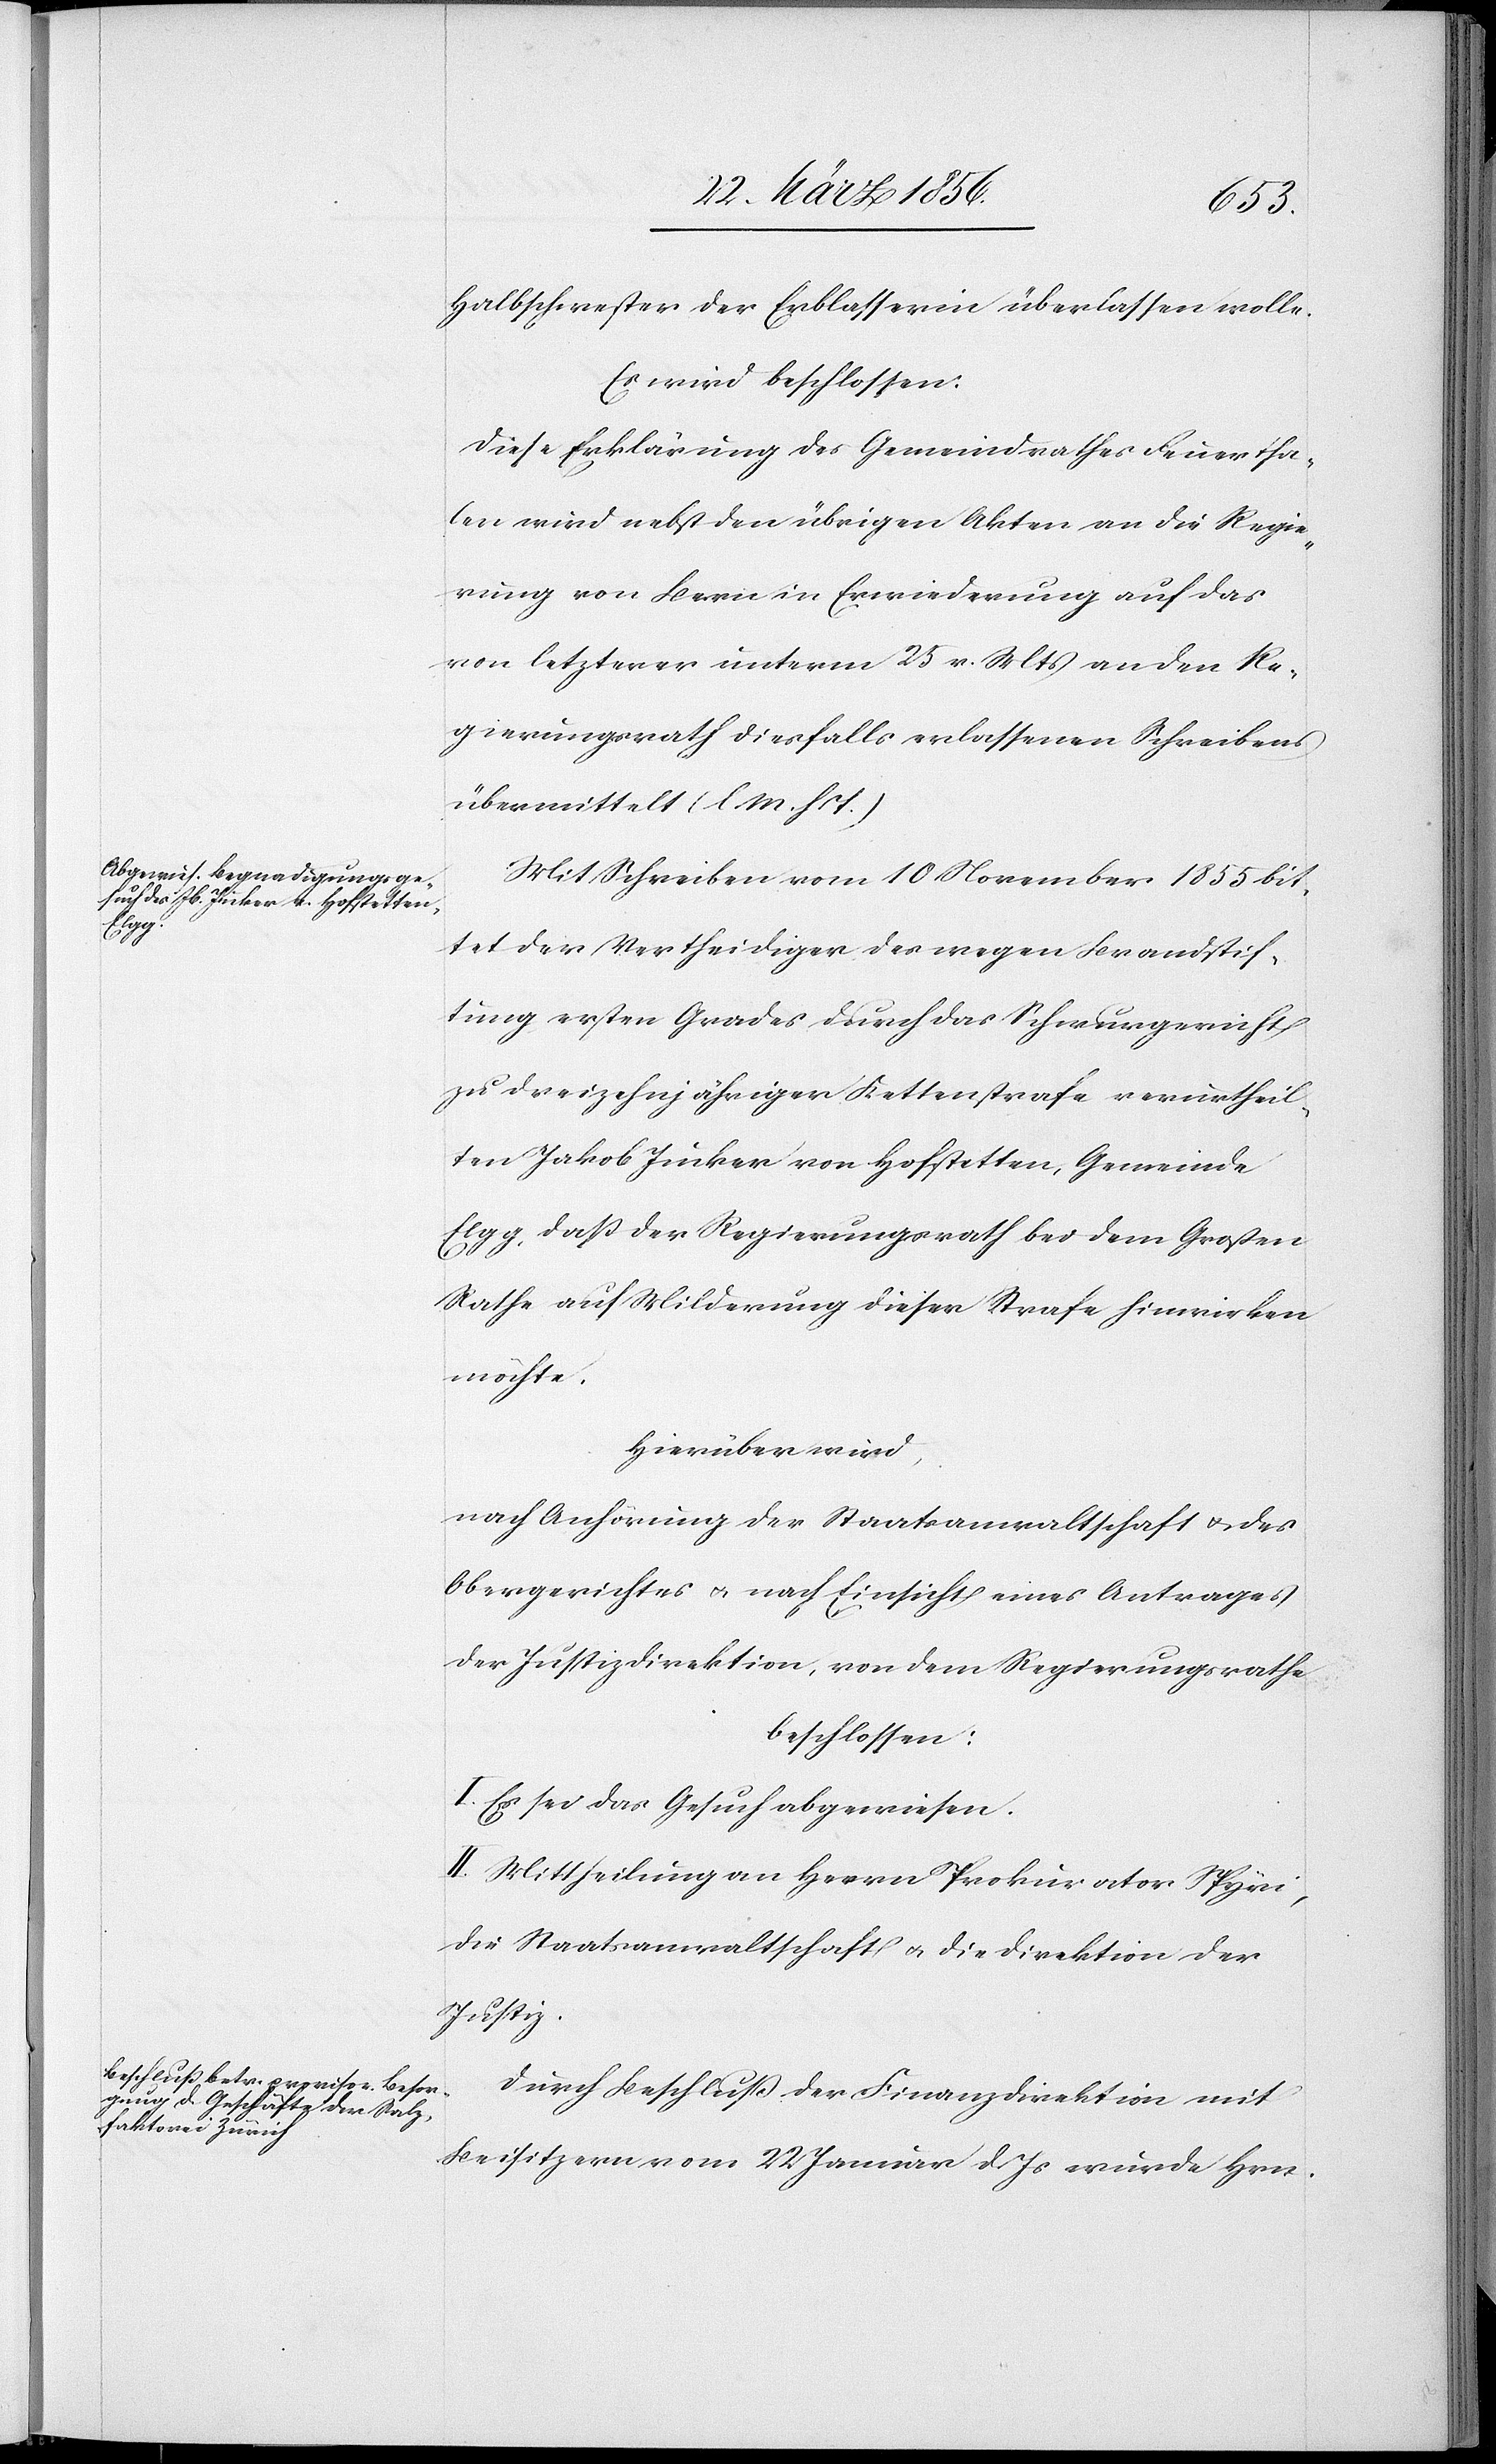
Halbschwester der Erblasserin überlassen wolle.
Es wird beschlossen:
Diese Erklärung des Gemeindrathes Feuertha¬
len wird nebst den übrigen Akten an die Regie¬
rung von Bern in Erwiederung auf das
von letzterer unterm 25 v. Mts an den Re¬
gierungsrath diesfalls erlassenen Schreibens
übermittelt (l M. h. T.)
Mit Schreiben vom 10 November 1855 bit¬
tet der Vertheidiger des wegen Brandstif¬
tung ersten Grades durch das Schwurgericht
zu dreizehnjähriger Kettenstrafe verurtheil¬
ten Jakob Jucker von Hofstetten, Gemeinde
Elgg, daß der Regierungsrath bei dem Großen
Rathe auf Milderung dieser Strafe hinwirken
möchte.
Hierüber wird,
nach Anhörung der Staatsanwaltschaft u. des
Obergerichtes u. nach Einsicht eines Antrages
der Justizdirektion, von dem Regierungsrathe
beschlossen:
I. Es sei das Gesuch abgewiesen.
II. Mittheilung an Herrn Prokurator Spyri,
die Staatsanwaltschaft u. die Direktion der
Justiz.
Durch Beschluß der Finanzdirektion mit
Beisitzern vom 22 Januar d. Js wurde Hrn.